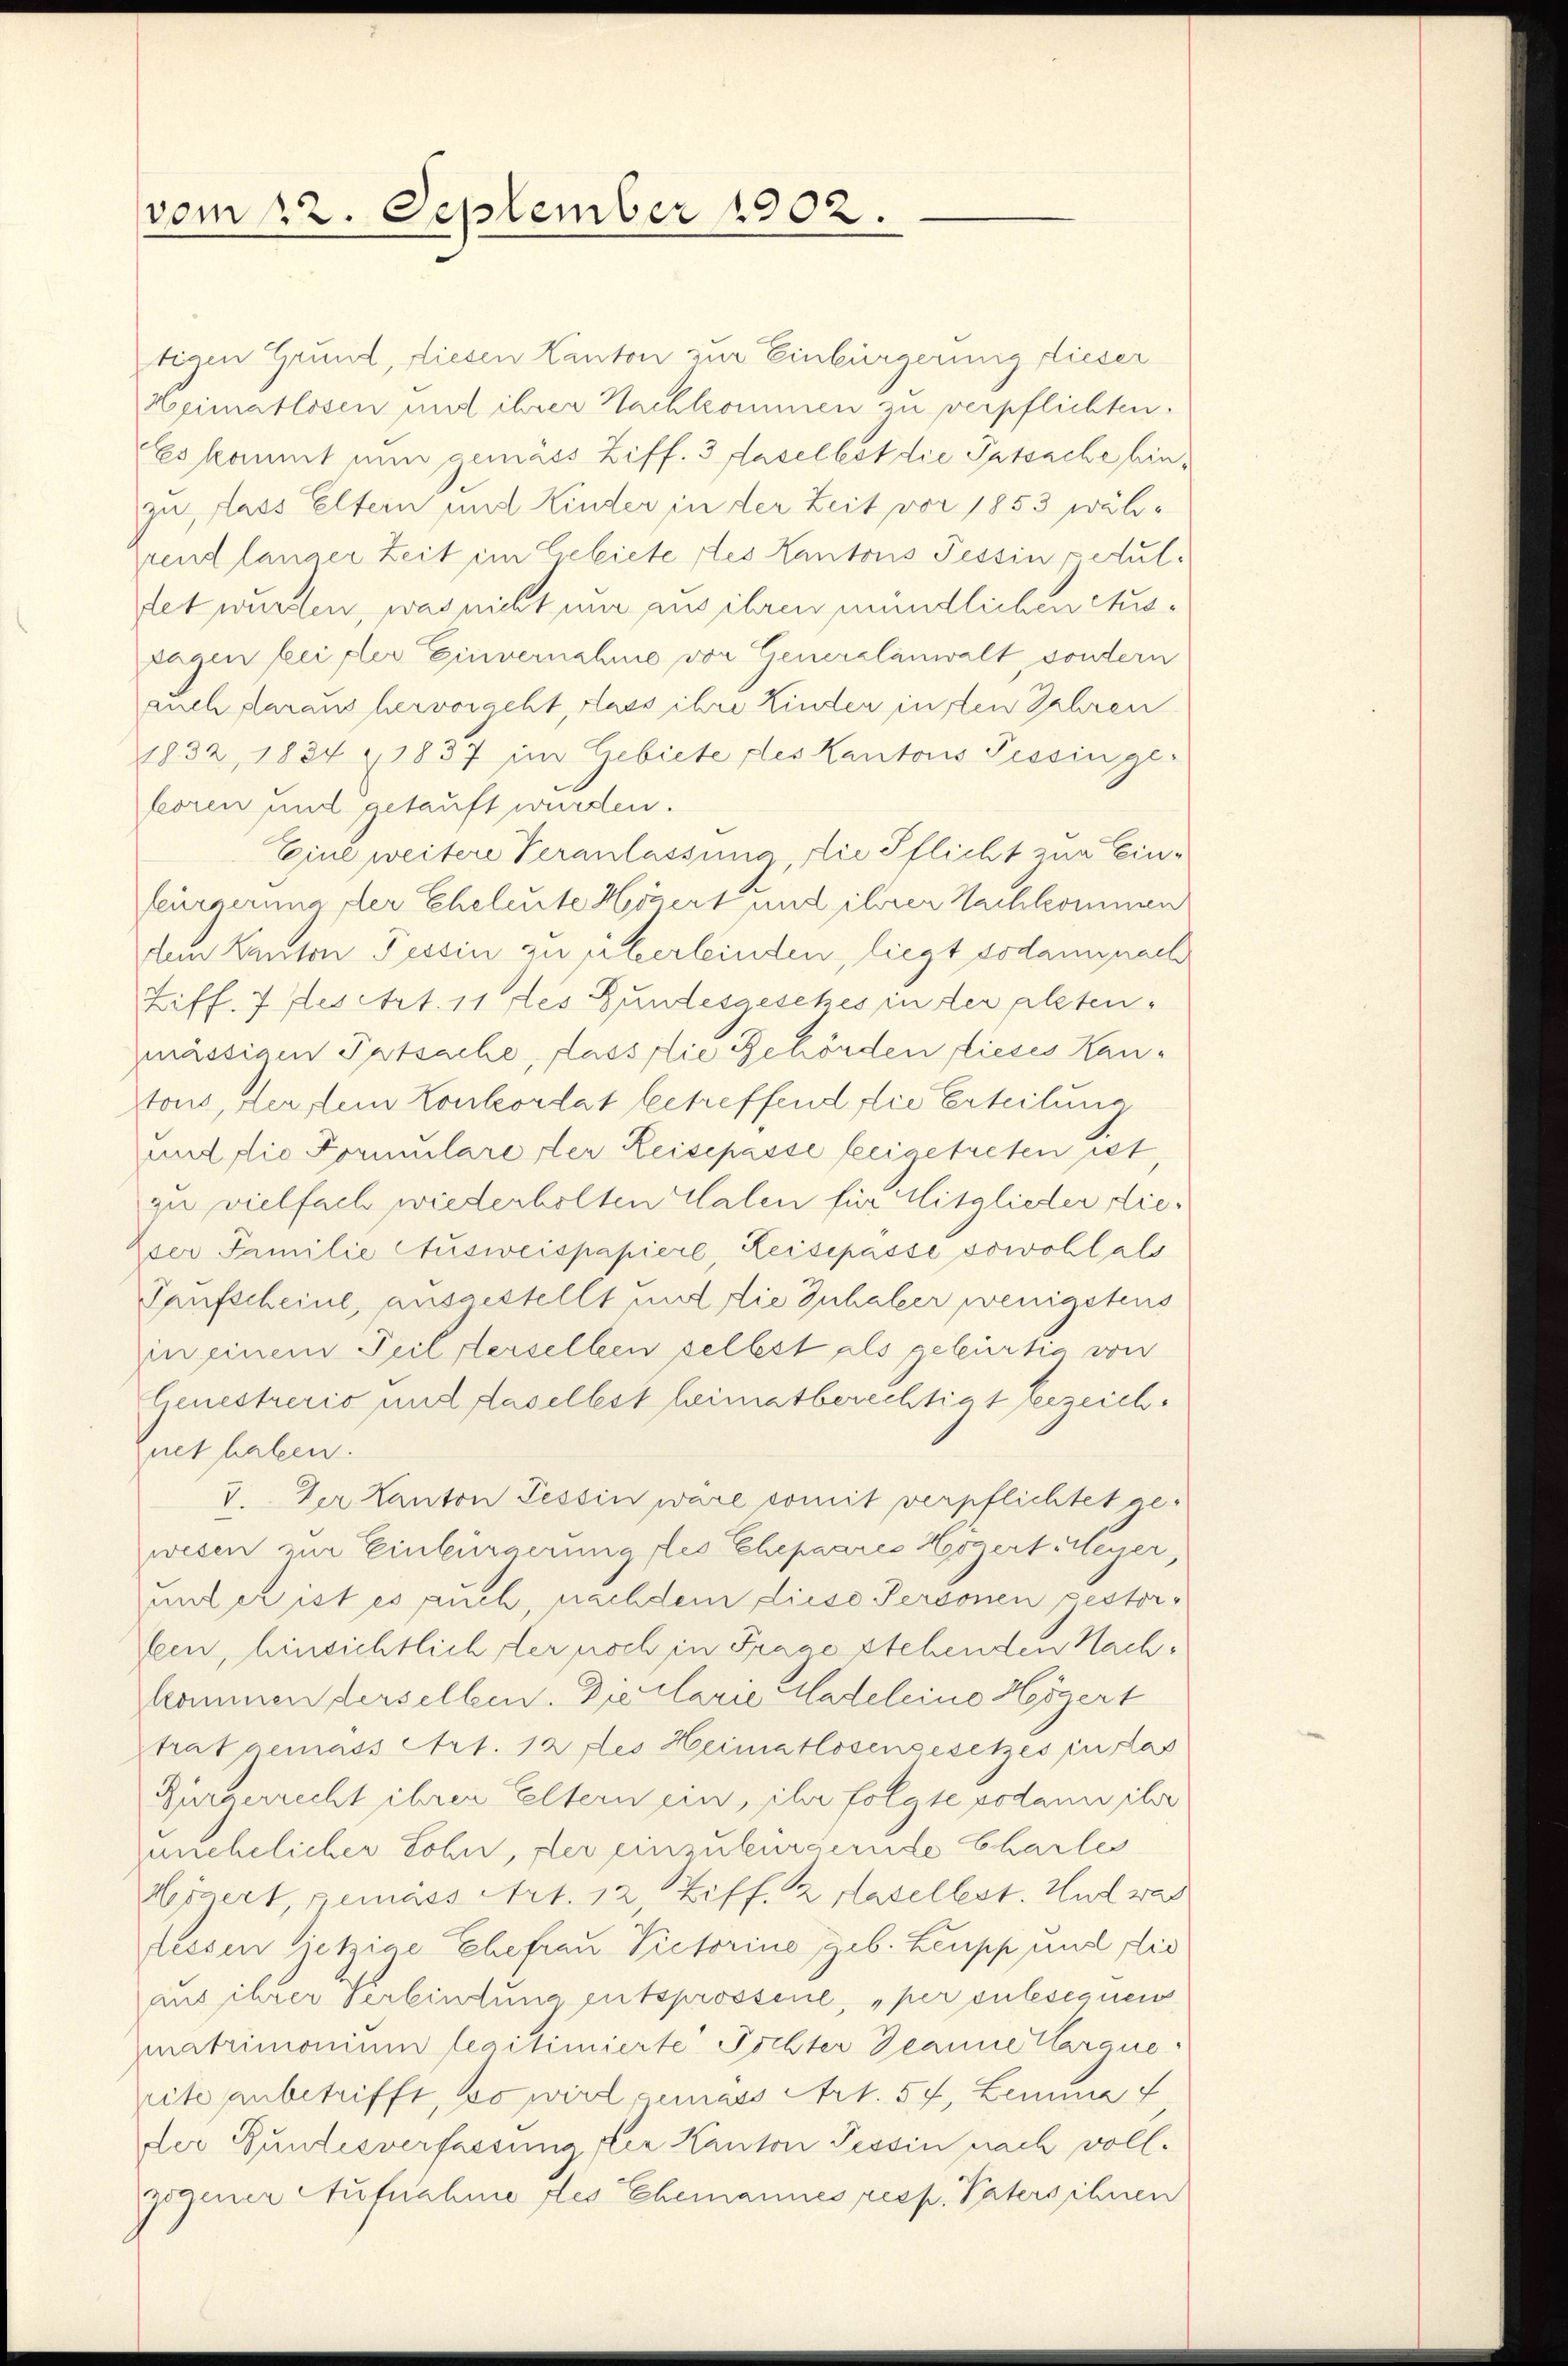
vom 22. September 1902.

tigen Grund, diesen Kanton zur Einbürgerung dieser
Heimatlosen mit ihrer Nachkommen zu verpflichten.
Es kommt nun gemäss Ziff. 3 daselbst die Tatsache binzu, dass Eltern mit Kinder in der Zeit vor 1853 wähpent langer Zeit im Gebiete des Kantons Tessin petul.
tet wurden, was nicht nur aus ihren mündlichen Ausragen bei der Einvernahme vor Generalanwalt, sondern
auch daraus hervorgeht, dass ihre Kinden in den Jahren
1832, 1834 1837 im Gebiete des Kantons Tessinge-
boren und getauft wurden.
Eine weitere Veranlassung die Pflicht zur Einfeierna der Eheleute Högert und ihrer Nachkommen
dem Kanton Tessin zu überleinden, liegt sodann nach
Ziff. 7 des Art. 11 des Gundesgesches in der altenmässigen Tatsache, dass die Gehörden dieses Kantons, der flein Konkordat betreffend die Erteilung
mit die Formulare der Leisepasse beigetreten ist
zu vielfach wiederholten Talen für Mitglieder die-
der Familie Ausweispapiere, Leisepasse sowohl als
Taufscheine, ausgestellt und die Inhaber wenigstens
in einem Teil derselben selbst als gebürtig von
Genestreris und daselbst heimatberechtigt bezeich.
fnet haben.
V. Der Kanton Tessin wäre somit verpflichtet ge-
wesen zur Einbürgerung des Ehepaares Horgert Meyer,
unt er ist es auch, nachdem diese Personen gestor-
Iein, hinsichtlich der noch in Frage stehenden Nachkommen derselben. Die Clarie Mateleino Högert
strat gemäss Art. 12 des Heimatlosengesetzes in das
Bürgerrecht ihrer Eltern ein, ihr folgte sodann ihr
unehelicher Sohn, der einzubürgende Charles
Högert, gemäss Art. 12, Ziff. 2 Hasellest. Und was
lessen jetzige Ehefrau Victorino geb. Leupp und die
aus ihrer Verbindung entsprossene, „per culesegnen
Immatrimonium legitimierte Tochter Beanne argue
site anbetrifft, so wird gemäss Art. 54, Lemma f
der Bundesverfassung die Kanton Tessin nach voll.
gogener Aufnahme des Ehemannes resp. Paterschnen